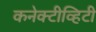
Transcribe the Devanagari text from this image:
कनेक्टीव्हिटी